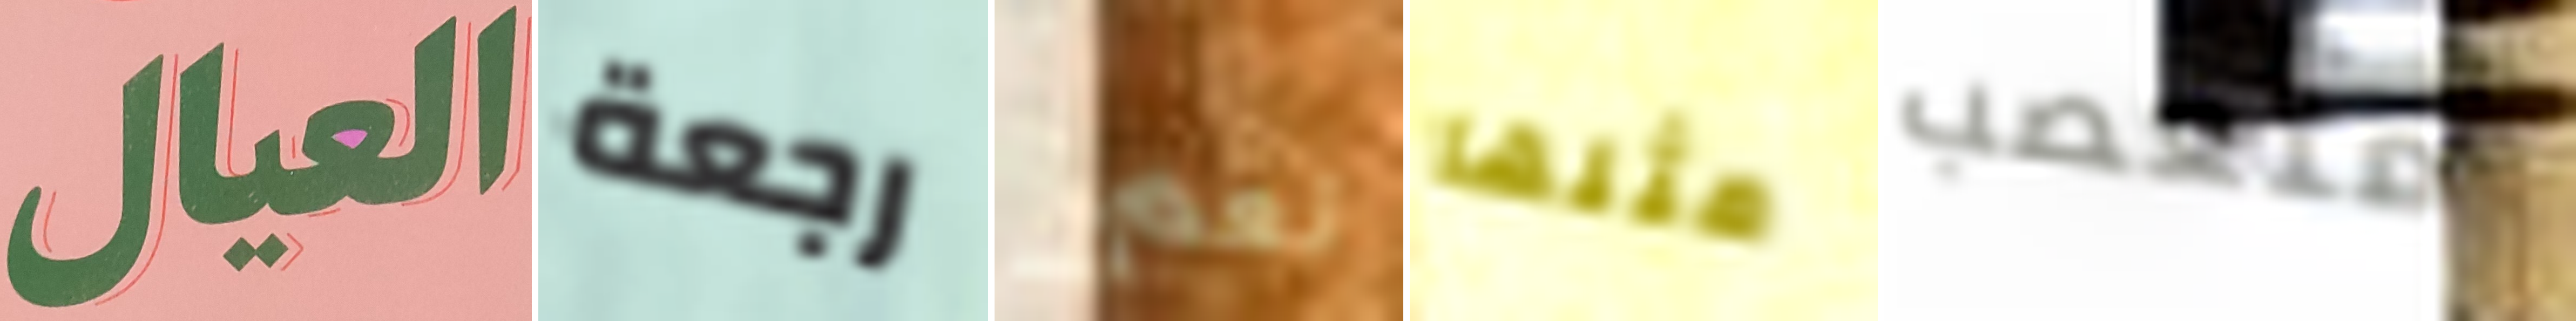
العيال رجعة نعم مثلها متعصب